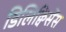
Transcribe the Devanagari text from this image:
डिलिक्विसेंस